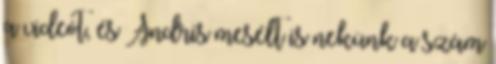
a videót, és Andris mesélt is nekünk a szám